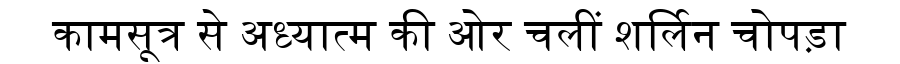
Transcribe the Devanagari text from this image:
कामसूत्र से अध्यात्म की ओर चलीं शर्लिन चोपड़ा